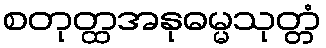
စတုတ္ထအနုဓမ္မသုတ္တံ